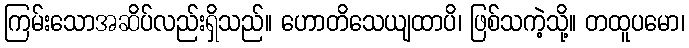
ကြမ်းသောအဆိပ်လည်းရှိသည်။ ဟောတိသေယျထာပိ၊ ဖြစ်သကဲ့သို့။ တထူပမော၊